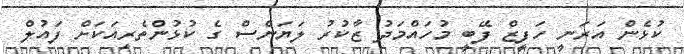
ކުޅެން އަރަނީ ހަފީޒް ފޭބީ މުހައްމަދު ޒާކުރު ލަޔަންސް ގެ ކުޅުންތެރިއަކަށް ފައުލް